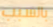
بالسبب